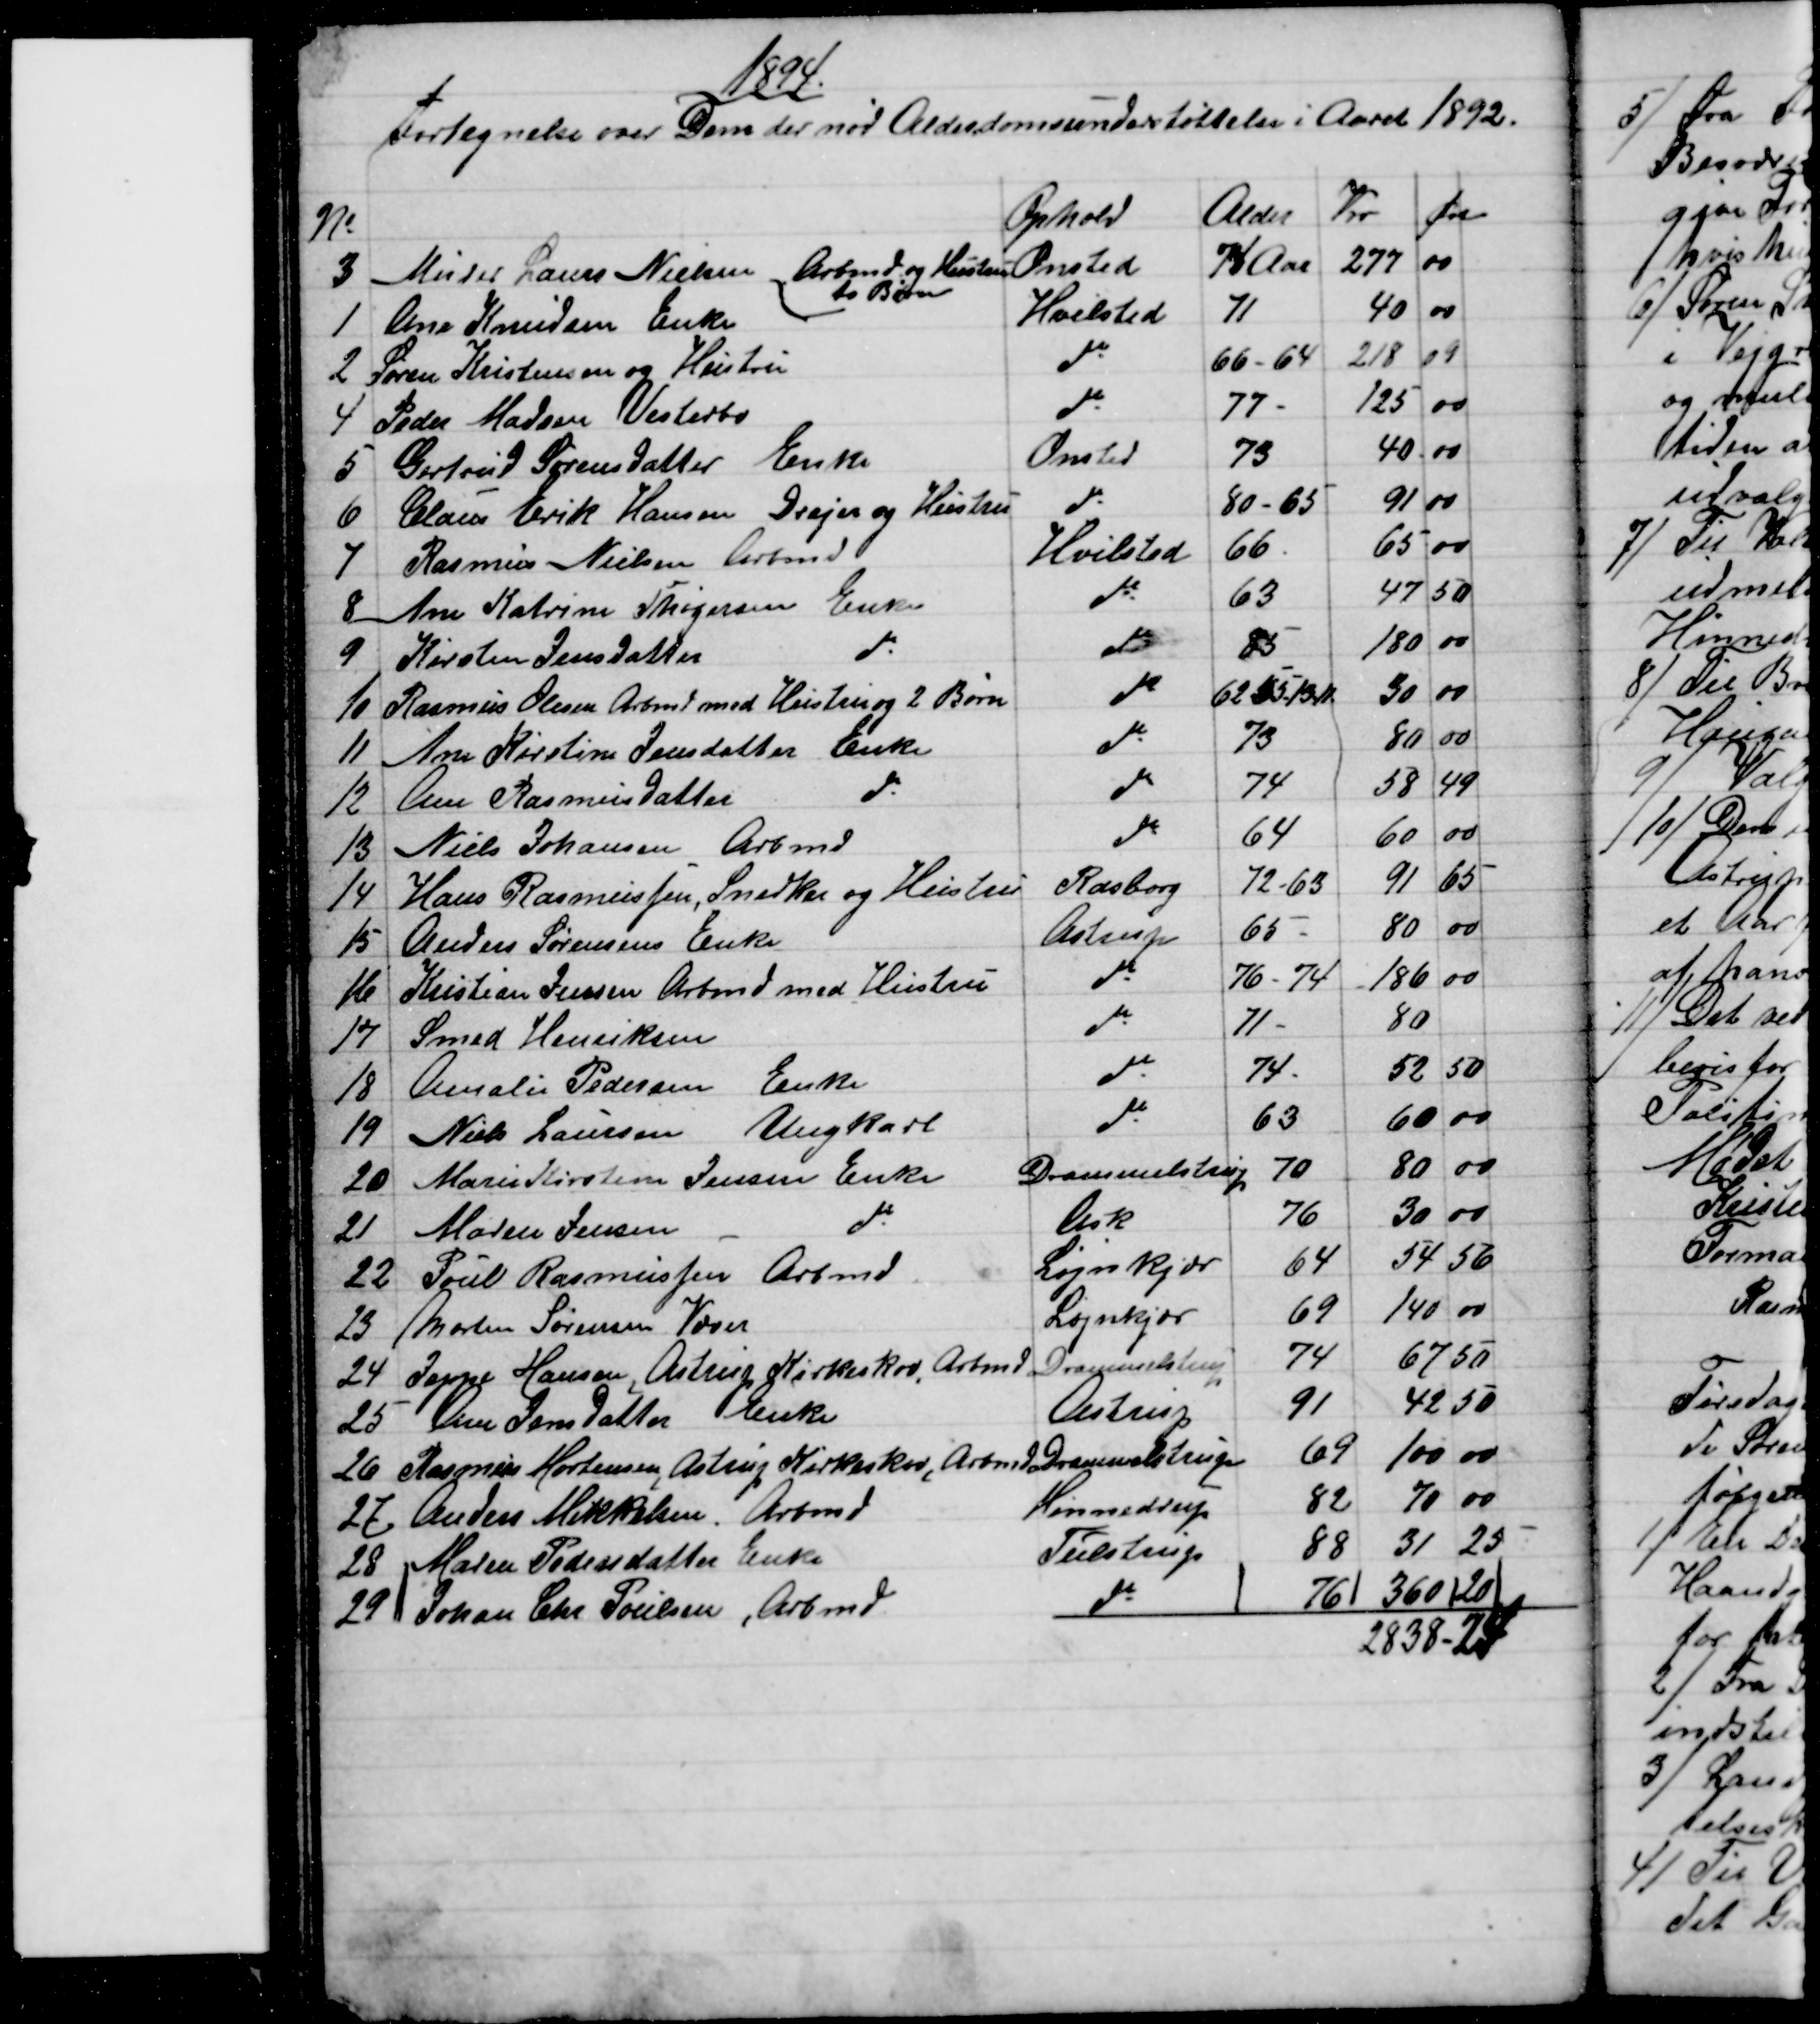
Transskription:
1894
Fortegnelse over Dem der nød Alderdomsunderstøttelse i Aaret 1892
№
Ophold
Alder
Kr
Øre
3
Murer Laurs Nielsen Arbmd og Hustru
to Børn
Onsted
74 Aar
277
00
1
Ane Knudsen Enke
Hvilsted
71
40
00
2
Søren Kristensen og Hustru
do
66-64
218
09
4
Peder Madsen Vesterbo
do
77 
125
00
5
Gertrud Sørensdatter Enke
Onsted
73
40
00
6
Claus Erik Hansen Drejer og Hustru
do
80-65
91
00
7
Rasmus Nielsen Arbmd
Hvilsted
66
65
00
8
Ane Katrine Thøgersen Enke
do
63
47
50
9
Kirsten Jensdatter 
do
do
85
180
00
10
Rasmus Olesen Arbmd med Hustru og 2 Børn
do
62 55 -13-11.
30
00
11
Ane Kirstine Jensdatter Enke
do
73
80
00
12
Ane Rasmusdatter 
do
do
74
58
49
13
Niels Johansen, Arbmd
do
64
60
00
14
Hans Rasmussen, Snedker og Hustru
Rasborg
72-63
91
65
15
Anders Sørensens Enke
Astrup
65
80
00
16
Kristian Jensen Arbmd med Hustru
do
76-74
186
00
17
Smed Henriksen
do
71
80
18
Amalie Pedersen Enke
do
74
52
50
19
Niels Laursen Ungkarl
do
63
60
00
20
Marie Kirstine Jensen Enke
Drammelstrup
70
80
00
21
Maren Jensen 
do
Ask
76
30
00
22
Poul Rasmussen Arbmd
Løjnkjær
64
54
56
23 
Morten Sørensen Væver
Løjnkjær
69
140
00
24
Jeppe Hansen, Astrup Kirkeskov, Arbmd.
Drammelstrup
74
67
50
25
Ane Jensdatter Enke
Astrup
91
42
50
26 
Rasmus Mortensen, Astrup Kirkeskov, Arbmd 
Drammelstrup
69
100
00
27
Anders Mikkelsen, Arbmd.
Hinnedrup
82
70
00
28 
Maren Pedersdatter Enke
Tulstrup
88
31
25
29
Johan Chr. Poulsen, Arbmd.
do
76
360
20
2838-24